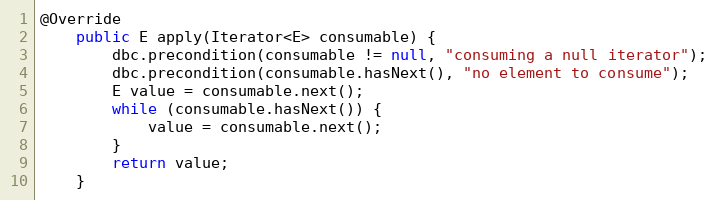
Language: Java
@Override
    public E apply(Iterator<E> consumable) {
        dbc.precondition(consumable != null, "consuming a null iterator");
        dbc.precondition(consumable.hasNext(), "no element to consume");
        E value = consumable.next();
        while (consumable.hasNext()) {
            value = consumable.next();
        }
        return value;
    }